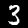
Digit: 3